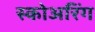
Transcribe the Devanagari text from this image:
स्कोअरिंग